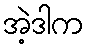
အဲ့ဒါက